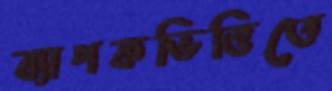
ব্যাপকভিত্তিতে